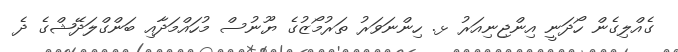
ގެއްލިގެން ހޯދަނީ އިންޖިނިއަރު ޅ. ހިންނަވަރު ތަރުމޯޒުގެ ޔޫނުސް މުހައްމަދާއި ބަންގްލަދޭޝްގެ ދެ